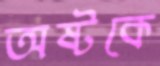
অষ্টকে